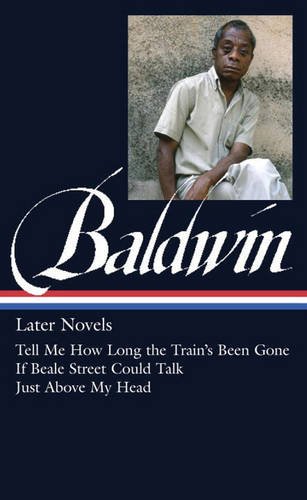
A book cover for James Baldwin: Later Novels: Tell Me How Long the Train's Been Gone / If Beale Street Could Talk / Just Above My Head: (Library of America #272); James Baldwin; Literature & Fiction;